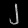
Digit: ၂